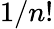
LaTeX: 1/n!